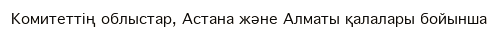
Комитеттің облыстар, Астана және Алматы қалалары бойынша